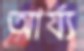
আর্য্য